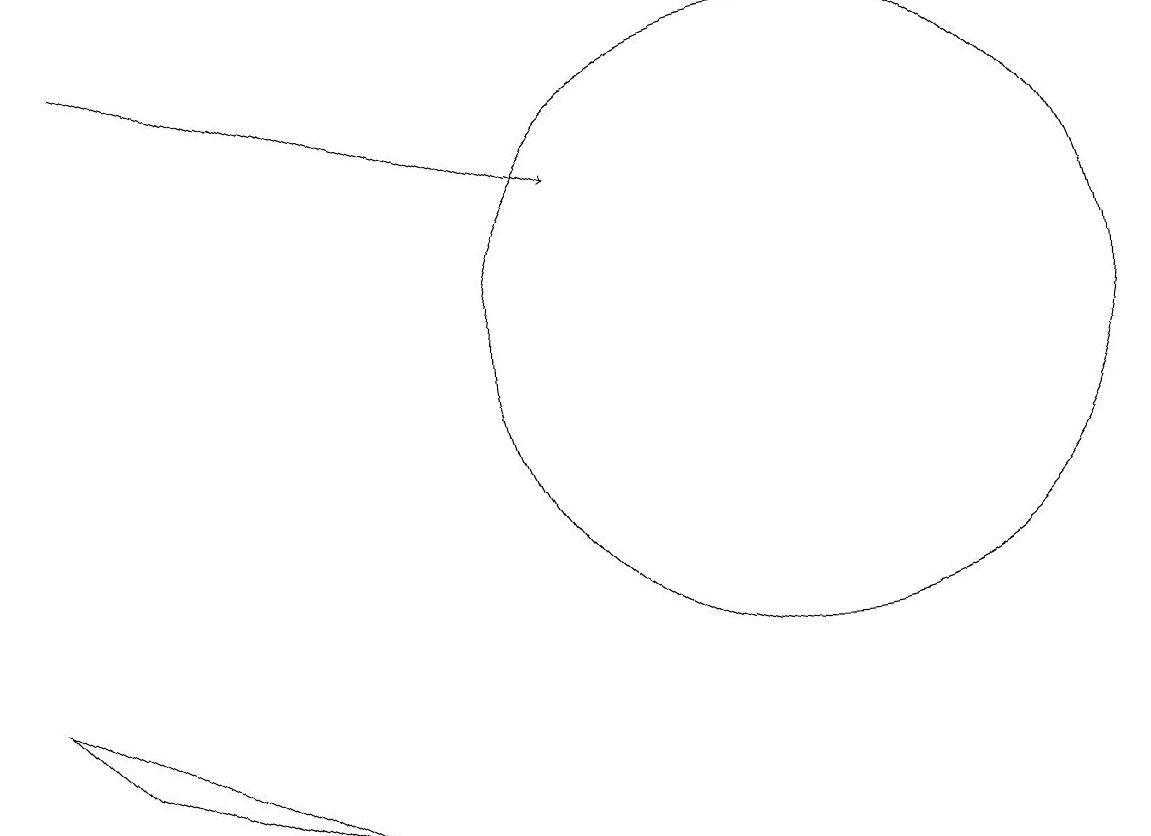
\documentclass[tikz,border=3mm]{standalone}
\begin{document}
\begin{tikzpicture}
\draw (10,12) circle (4);
\draw (1,7) -- (4,6) -- (0,8) -- cycle;
\draw (10,12) circle (0);
\draw[->] (1,16) -- (7,14);
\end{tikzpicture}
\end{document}